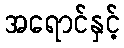
အရောင်နှင့်